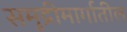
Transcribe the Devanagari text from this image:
समुद्रीमार्गातील